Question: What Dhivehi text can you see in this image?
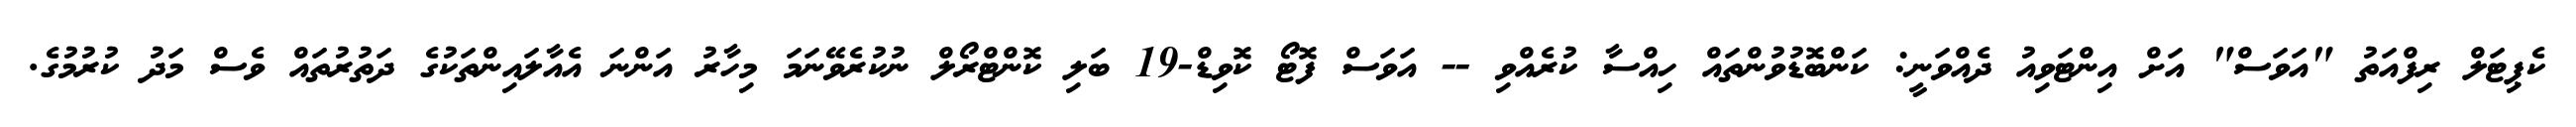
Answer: ކެޕިޓަލް ރިފްއަތު "އަވަސް" އަށް އިންޓަވިއު ދެއްވަނީ: ކަންބޮޑުވުންތައް ހިއްސާ ކުރެއްވި -- އަވަސް ފޮޓޯ ކޮވިޑް-19 ބަލި ކޮންޓްރޯލް ނުކުރެވޭނަމަ މިހާރު އަންނަ އެއާލައިންތަކުގެ ދަތުރުތައް ވެސް މަދު ކުރުމުގެ.